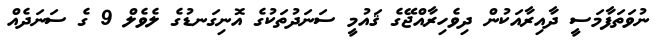
ނުވަތަފާމަސީ ދާއިރާއަކުން ދިވެހިރާއްޖޭގެ ޤައުމީ ސަނަދުތަކުގެ އޮނިގަނޑުގެ ލެވެލް 9 ގެ ސަނަދެއް